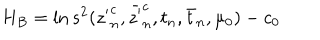
LaTeX: H _ { B } = \ln s ^ { 2 } ( { z ^ { \prime } } _ { n } ^ { c } , \bar { z ^ { \prime } } _ { n } ^ { c } , t _ { n } , \bar { t } _ { n } , \mu _ { 0 } ) - c _ { 0 }